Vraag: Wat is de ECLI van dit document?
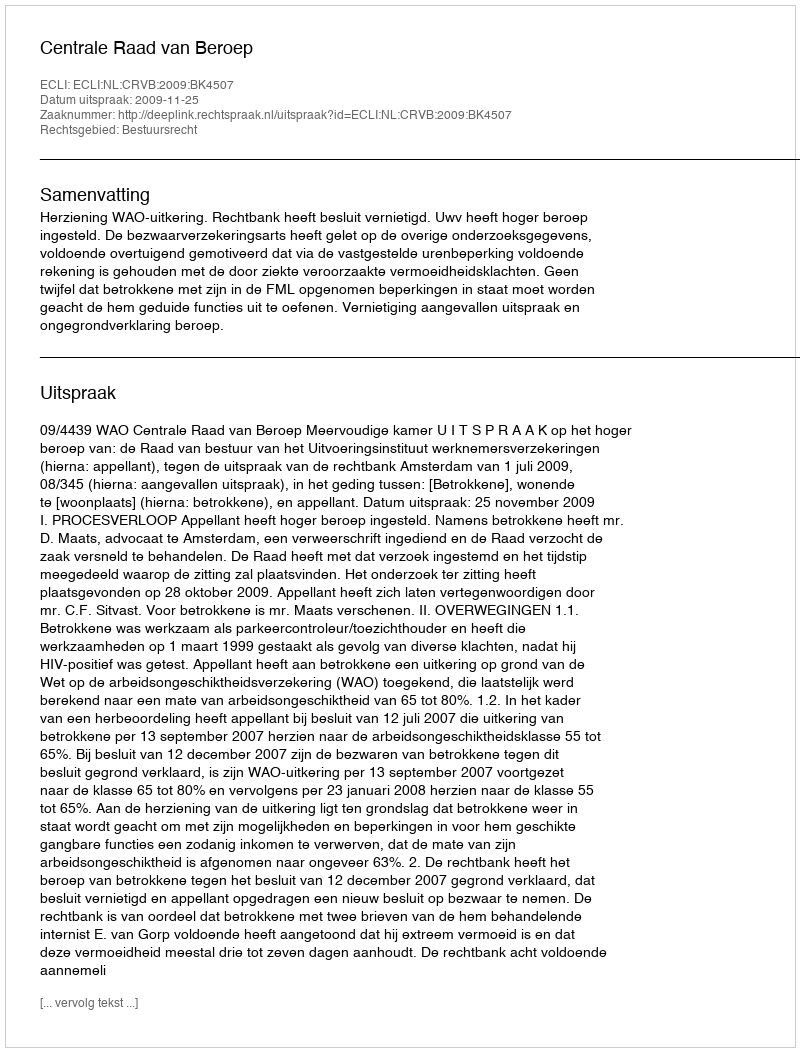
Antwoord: ECLI:NL:CRVB:2009:BK4507